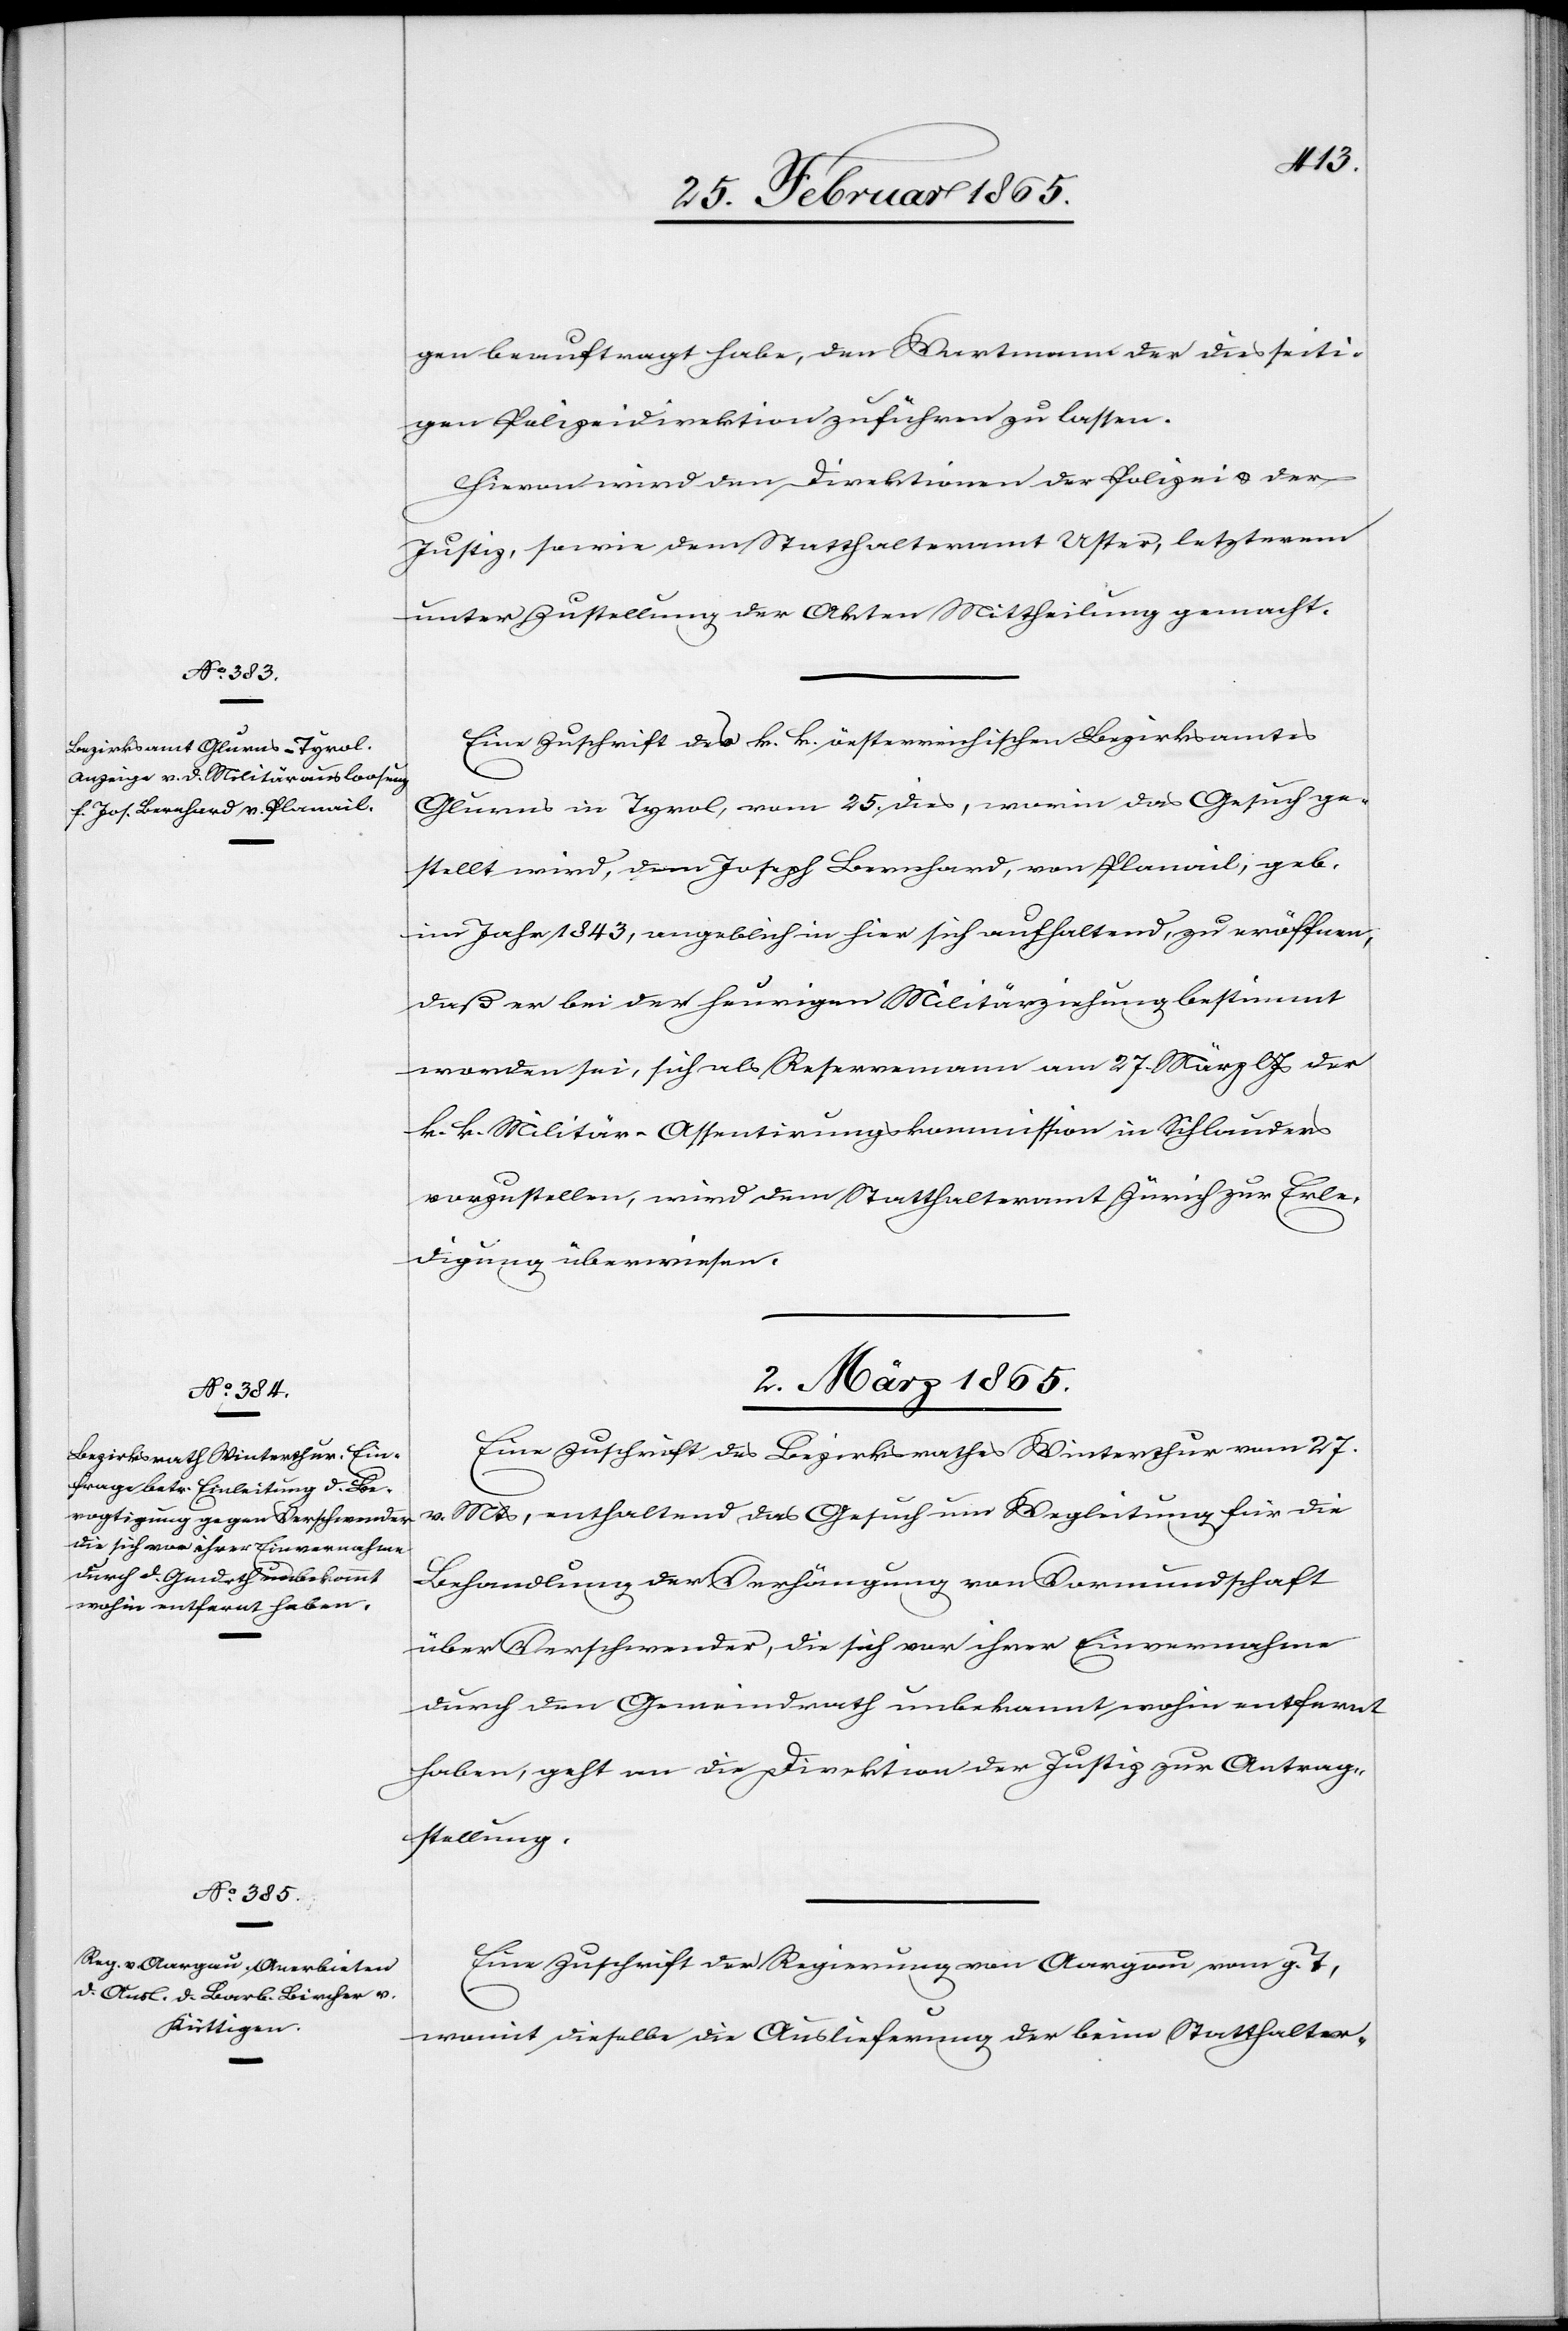
28. Februar 1865.]
gen beauftragt habe, den Wartmann der diesseiti¬
gen Polizeidirektion zuführen zu lassen.
Hievon wird den Direktionen der Polizei u. der
Justiz, sowie dem Statthalteramt Uster, letzterem
unter Zustellung der Akten Mittheilung gemacht.
Eine Zuschrift des k. k. österreichischen Bezirksamtes
Glurns in Tyrol, vom 25. dies, worin das Gesuch ge¬
stellt wird, dem Joseph Bernhard, von Planail, geb.
im Jahr 1843, angeblich in hier sich aufhaltend, zu eröffnen,
daß er bei der heurigen Militärziehung bestimmt
worden sei, sich als Reservemann am 27. März l Js der
k. k. Militär-Assentirungskommission in Schlauders
vorzustellen, wird dem Statthalteramt Zürich zur Erle¬
digung überwiesen.
2. März 1865.]
Eine Zuschrift des Bezirksrathes Winterthur vom 27.
v. Mts, enthaltend das Gesuch um Wegleitung für die
Behandlung der Verhängung von Vormundschaft
über Verschwender, die sich vor ihrer Einvernahme
durch den Gemeindrath unbekannt wohin entfernt
haben, geht an die Direktion der Justiz zur Antrag¬
stellung.
Eine Zuschrift der Regierung von Aargau vom g. T,
womit dieselbe die Auslieferung der beim Statthalter-